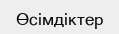
Өсімдіктер